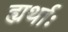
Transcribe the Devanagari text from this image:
ह्यर्थाः